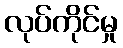
လုပ်ကိုင်မှု